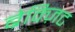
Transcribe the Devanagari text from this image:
ब्रेक्ज़िट